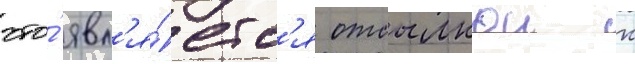
что́ явл'я́етс'я отсылкои к